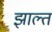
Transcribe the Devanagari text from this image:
झाल्तं